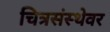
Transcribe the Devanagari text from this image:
चित्रसंस्थेवर